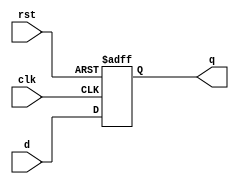
module neg_edge_d_ff (
    input d,
    input clk,
    input rst,
    output reg q
);

always @(negedge clk or posedge rst) begin
    if (rst) begin
        q <= 1'b0; // reset the flip-flop output
    end else begin
        q <= d; // store the input data on the falling edge of the clock signal
    end
end

endmodule